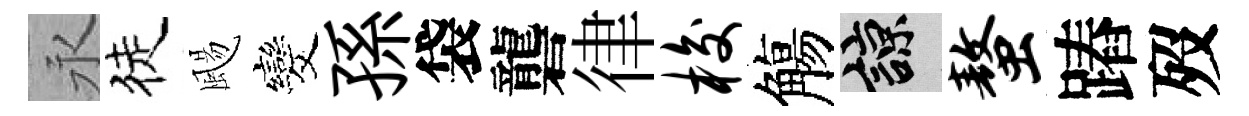
永徒颺发孫袋礱律梭觴諒螯蹖歿